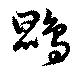
鵾